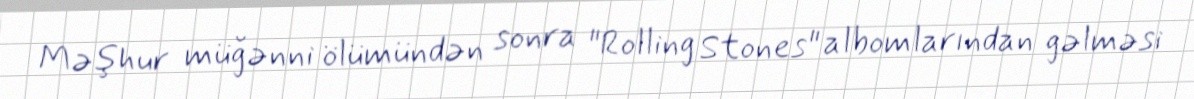
Məşhur müğənni ölümündən sonra "Rolling Stones" albomlarından gəlməsi